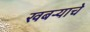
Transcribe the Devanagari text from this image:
खबर्‍याचे